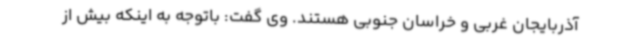
آذربایجان غربی و خراسان جنوبی هستند. وی گفت: باتوجه به اینکه بیش از